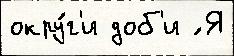
окру́г'и доб'и ́ Я